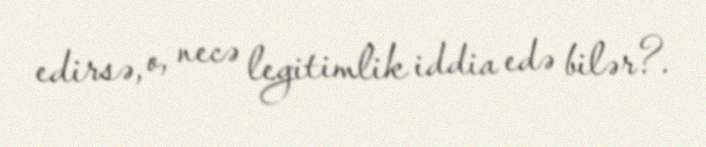
edirsə, o, necə legitimlik iddia edə bilər?.